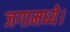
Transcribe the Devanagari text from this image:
जगामध्ये।